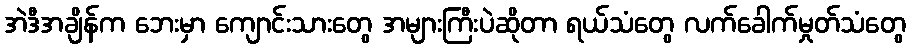
အဲဒီအချိန်က ဘေးမှာ ကျောင်းသားတွေ အများကြီးပဲဆိုတာ ရယ်သံတွေ လက်ခေါက်မှုတ်သံတွေ